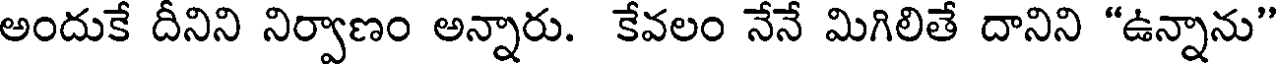
అందుకే దీనిని నిర్వాణం అన్నారు. కేవలం నేనే మిగిలితే దానిని "ఉన్నాను"